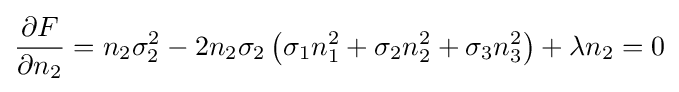
{\frac {\partial F}{\partial n_{2}}}=n_{2}\sigma _{2}^{2}-2n_{2}\sigma _{2}\left(\sigma _{1}n_{1}^{2}+\sigma _{2}n_{2}^{2}+\sigma _{3}n_{3}^{2}\right)+\lambda n_{2}=0